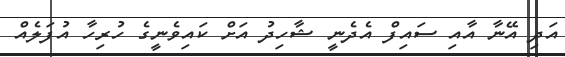
އަދި އޭނާ އާއި ސައިފް އެދެނީ ޝާހިދު އަށް ކައިވެނީގެ ހުރިހާ އުފަލެއް